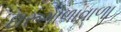
દારૂગોળાવાળા